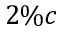
2 \% c